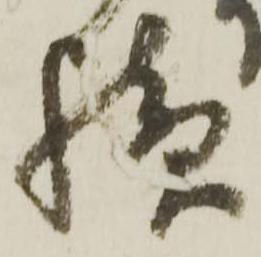
続